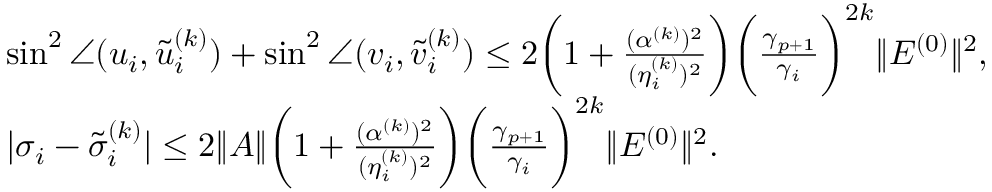
\begin{array} { r l } & { \sin ^ { 2 } \angle ( u _ { i } , \tilde { u } _ { i } ^ { ( k ) } ) + \sin ^ { 2 } \angle ( v _ { i } , \tilde { v } _ { i } ^ { ( k ) } ) \leq 2 \biggl ( 1 + \frac { ( \alpha ^ { ( k ) } ) ^ { 2 } } { ( \eta _ { i } ^ { ( k ) } ) ^ { 2 } } \biggr ) \biggl ( \frac { \gamma _ { p + 1 } } { \gamma _ { i } } \biggr ) ^ { 2 k } \| E ^ { ( 0 ) } \| ^ { 2 } , } \\ & { | \sigma _ { i } - \tilde { \sigma } _ { i } ^ { ( k ) } | \leq 2 \| A \| \biggl ( 1 + \frac { ( \alpha ^ { ( k ) } ) ^ { 2 } } { ( \eta _ { i } ^ { ( k ) } ) ^ { 2 } } \biggr ) \biggl ( \frac { \gamma _ { p + 1 } } { \gamma _ { i } } \biggr ) ^ { 2 k } \| E ^ { ( 0 ) } \| ^ { 2 } . } \end{array}